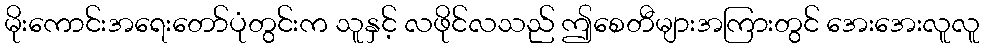
မိုးကောင်းအရေးတော်ပုံတွင်းက သူနှင့် လဖိုင်လသည် ဤစေတီများအကြားတွင် အေးအေးလူလူ